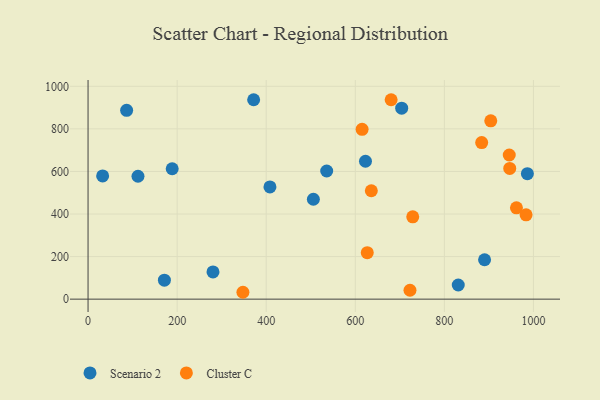
{"axis": {"x": "Distance", "y": "Profit"}, "legend": ["Cluster C", "Scenario 2"], "data": [{"x": "890.3", "y": 185.1, "type": "Scenario 2"}, {"x": "188.9", "y": 612.7, "type": "Scenario 2"}, {"x": "171.4", "y": 89.3, "type": "Scenario 2"}, {"x": "505.9", "y": 469.4, "type": "Scenario 2"}, {"x": "86.6", "y": 887.0, "type": "Scenario 2"}, {"x": "32.7", "y": 579.2, "type": "Scenario 2"}, {"x": "831.2", "y": 66.5, "type": "Scenario 2"}, {"x": "704.2", "y": 897.5, "type": "Scenario 2"}, {"x": "622.9", "y": 648.0, "type": "Scenario 2"}, {"x": "408.4", "y": 527.3, "type": "Scenario 2"}, {"x": "535.8", "y": 602.2, "type": "Scenario 2"}, {"x": "280.5", "y": 128.0, "type": "Scenario 2"}, {"x": "986.4", "y": 589.7, "type": "Scenario 2"}, {"x": "112.1", "y": 577.4, "type": "Scenario 2"}, {"x": "371.8", "y": 937.0, "type": "Scenario 2"}, {"x": "961.9", "y": 429.3, "type": "Cluster C"}, {"x": "945.7", "y": 677.3, "type": "Cluster C"}, {"x": "904.2", "y": 837.7, "type": "Cluster C"}, {"x": "883.8", "y": 735.5, "type": "Cluster C"}, {"x": "680.5", "y": 936.9, "type": "Cluster C"}, {"x": "729.0", "y": 387.0, "type": "Cluster C"}, {"x": "615.3", "y": 797.7, "type": "Cluster C"}, {"x": "983.5", "y": 396.0, "type": "Cluster C"}, {"x": "636.0", "y": 509.2, "type": "Cluster C"}, {"x": "722.8", "y": 41.7, "type": "Cluster C"}, {"x": "347.7", "y": 32.3, "type": "Cluster C"}, {"x": "626.9", "y": 218.5, "type": "Cluster C"}, {"x": "946.8", "y": 614.3, "type": "Cluster C"}]}